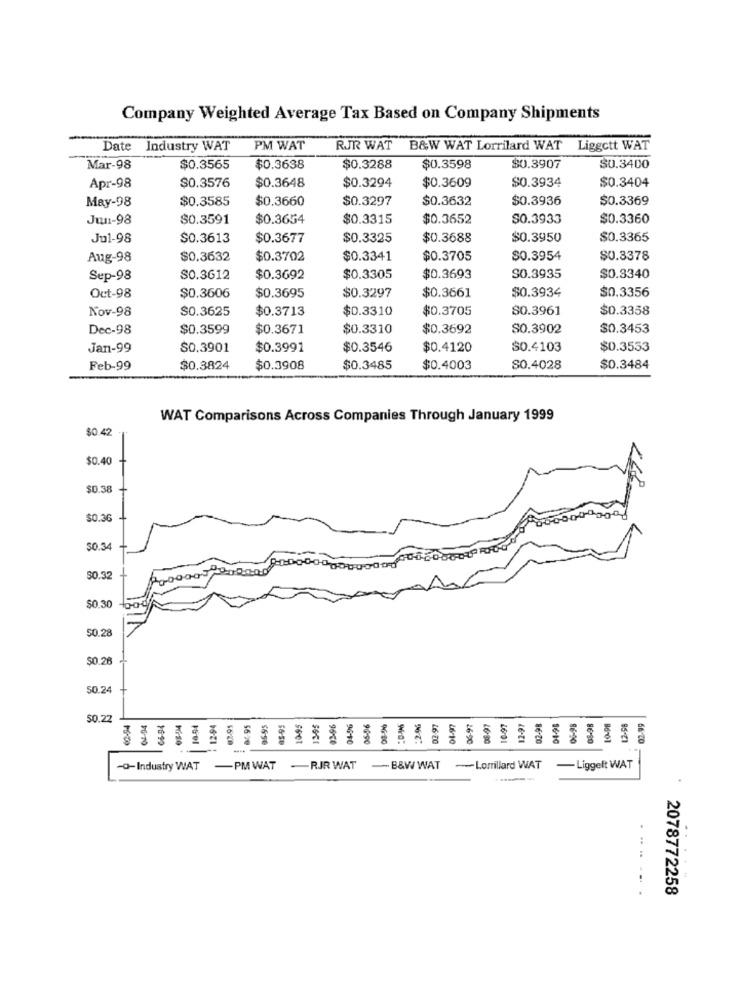
Company Weighted Average Tax Based on Company Shipments
Date Industry WAT
PM WAT
RJR WAT B&W WAT Lorrilard WAT Liggott WAT
Mar-98
$0.3565
$0.3638
$0.3288
$0.3598
$0.3907
$0.3400
$0.3576
$0.3648
$0.3294
$0.3609
$0.3934
$0.3404
Apr-98
May-98
$0.3585
$0.3660
$0.3297
$0.3632
$0.3936
$0.3369
Jun-98
$0.3591
$0.3654
$0.3315
$0.3652
$0.3933
$0.3360
Jul-98
$0.3613
$0.3677
$0.3325
$0.3688
$0.3950
$0.3365
Aug-98
$0.3632
$0.3702
$0.3341
$0.3705
$0.3954
$0.3378
Sep-98
$0.3612
$0.3692
$0.3305
$0.3693
SO.3935
$0.3340
$0.3297
$0.3661
$0.3934
$0.3356
Oct-98
$0.3606
$0.3695
Nov-98
$0.3625
$0.3713
$0.3310
$0.3705
$0.3961
$0.3358
Dec-98
$0.3599
$0.3671
$0.3310
$0.3692
S0.3902
$0.3453
Jan-99
$0.3901
$0.3991
$0.3546
$0.4120
$0.4103
$0.3553
Feb-99
$0.3824
$0.3908
$0.3485
$0.4003
$0.4028
$0.3484
WAT Comparisons Across Companies Through January 1999
$0.42
$0.40
$0.38
$0.36
50.34
$0.32
$0.30
50.28
$0.26
50.24
$0.22
04-04
12-98
seet
961
96-90
46 00
46-1
26-90
169
16-20
16-10
-0-Industry WAT
-PM WAT
-RJR WAT
B&W WAT
-Lorillard WAT
-Liggeft WAT
2078772258